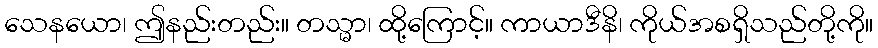
သေနယော၊ ဤနည်းတည်း။ တသ္မာ၊ ထို့ကြောင့်။ ကာယာဒီနိ၊ ကိုယ်အစရှိသည်တို့ကို။